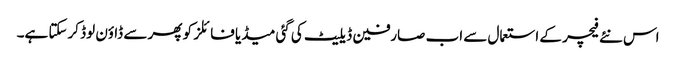
اس نئے فیچر کے استعمال سے اب صارفین ڈیلیٹ کی گئی میڈیا فائلز کو پھر سے ڈاؤن لوڈ کرسکتا ہے۔